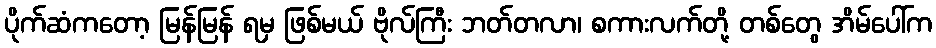
ပိုက်ဆံကတော့ မြန်မြန် ရမှ ဖြစ်မယ် ဗိုလ်ကြီး ဘတ်တလာ၊ စကားလက်တို့ တစ်တွေ အိမ်ပေါ်က